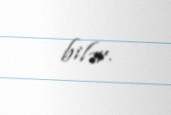
bilər.